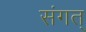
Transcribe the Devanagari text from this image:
संगत्